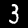
Label: 3